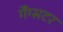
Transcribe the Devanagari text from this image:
गैंग्सटर